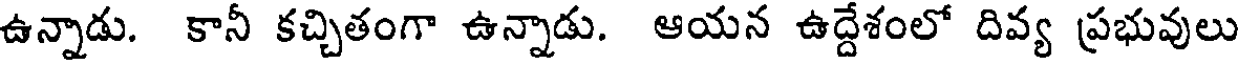
ఉన్నాడు. కానీ కచ్చితంగా ఉన్నాడు. ఆయన ఉద్దేశంలో దివ్య ప్రభువులు